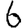
Digit: 6